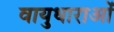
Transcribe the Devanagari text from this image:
वायुधाराओं